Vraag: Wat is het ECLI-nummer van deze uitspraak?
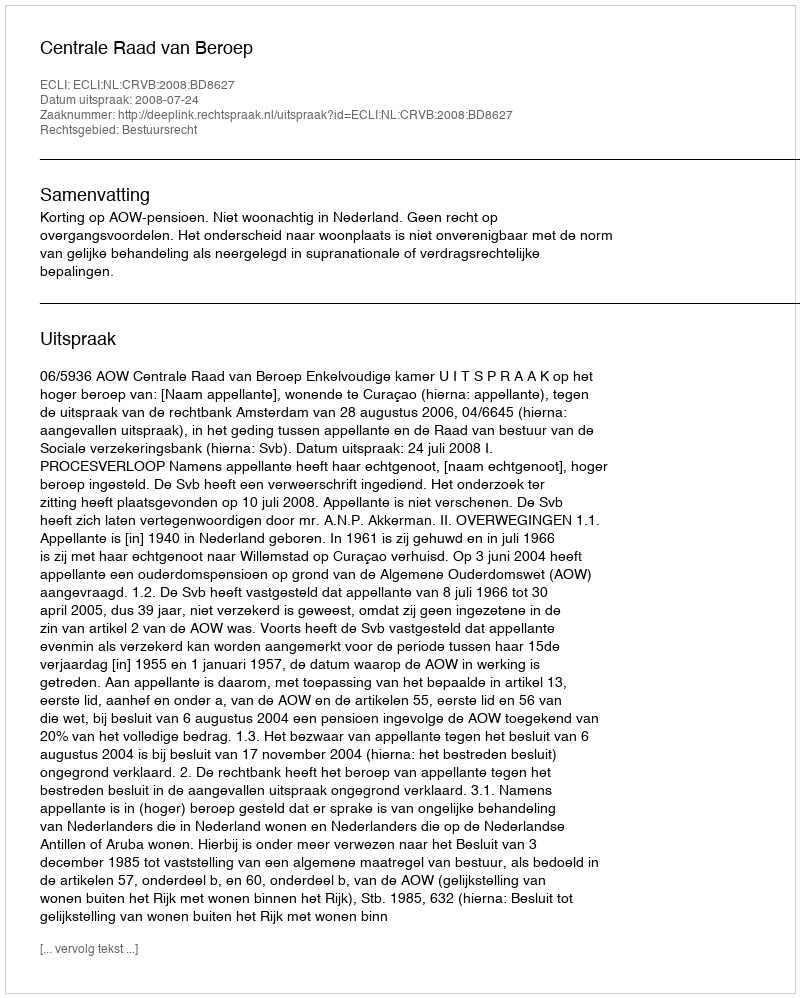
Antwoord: ECLI:NL:CRVB:2008:BD8627